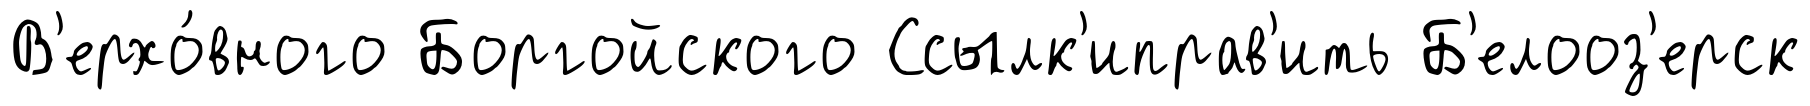
В'ерхо́вного Боргойского Ссылк'иправ'ить Б'елооз'ерск